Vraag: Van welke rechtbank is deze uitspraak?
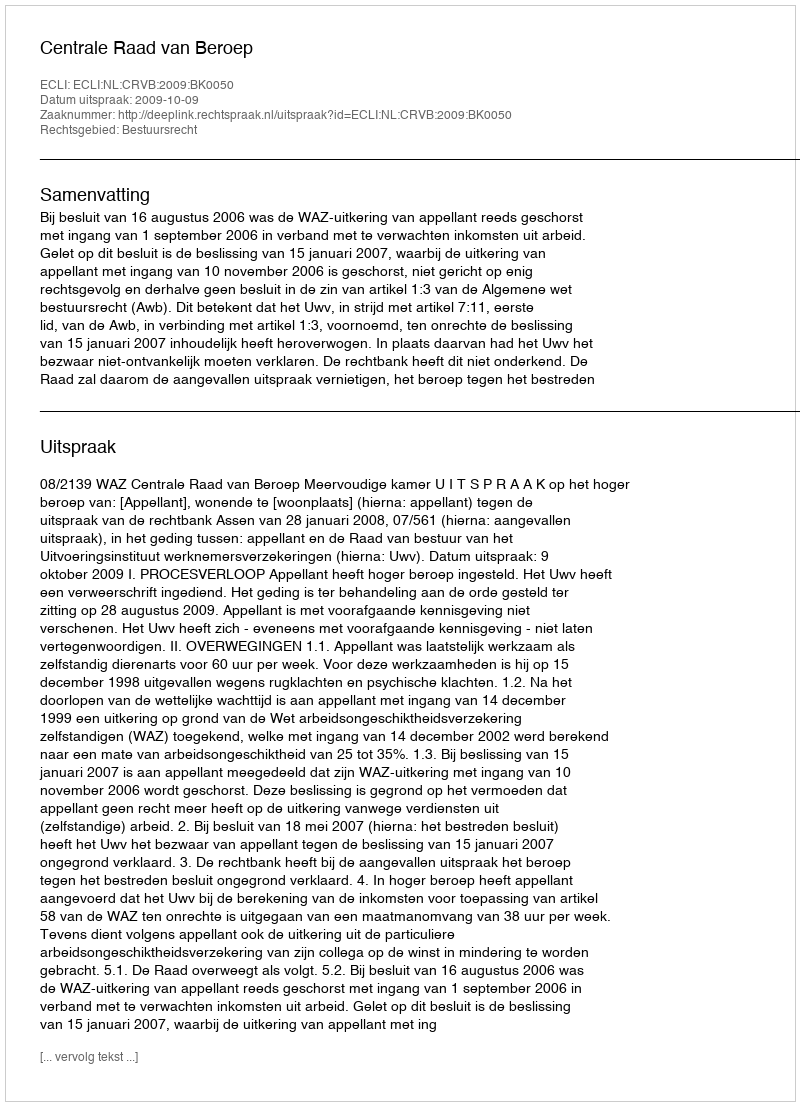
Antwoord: Centrale Raad van Beroep